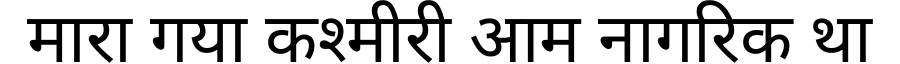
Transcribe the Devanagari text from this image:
मारा गया कश्मीरी आम नागरिक था